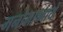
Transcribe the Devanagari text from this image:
मनोभाव्नायें